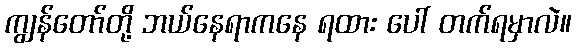
ကျွန်တော်တို့ ဘယ်နေရာကနေ ရထား ပေါ် တက်ရမှာလဲ။